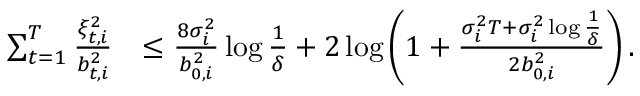
\begin{array} { r l } { \sum _ { t = 1 } ^ { T } \frac { \xi _ { t , i } ^ { 2 } } { b _ { t , i } ^ { 2 } } } & { \leq \frac { 8 \sigma _ { i } ^ { 2 } } { b _ { 0 , i } ^ { 2 } } \log \frac { 1 } { \delta } + 2 \log \left( 1 + \frac { \sigma _ { i } ^ { 2 } T + \sigma _ { i } ^ { 2 } \log \frac { 1 } { \delta } } { 2 b _ { 0 , i } ^ { 2 } } \right) . } \end{array}